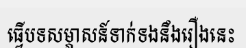
ធ្វើបទសម្ភាសន៍ទាក់ទងនឹងរឿងនេះ